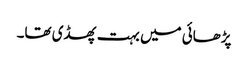
پڑھائی میں بہت پھسڈی تھا۔